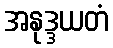
အနုဒ္ဒယတံ